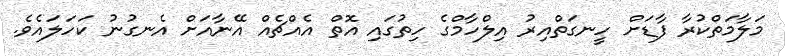
މަލާމަތްކުރާ ފާޑަށް ހީނގަތްއިރު އިލްހާމްގެ ހިތުގައި އޮތް އެއްޗެއް އޭނާއަށް އެނގުނު ކަހަލައެވެ.